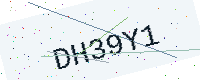
Text: DH39Y1